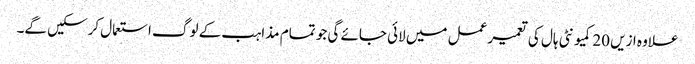
علاوہ ازیں 20کمیونٹی ہال کی تعمیر عمل میں لائی جائے گی جو تمام مذاہب کے لوگ استعمال کرسکیں گے۔